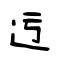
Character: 迃